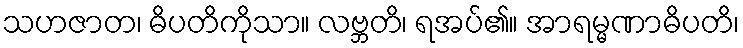
သဟဇာတ၊ ဓိပတိကိုသာ။ လဗ္ဘတိ၊ ရအပ်၏။ အာရမ္မဏာဓိပတိ၊